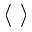
\langle \ \rangle